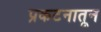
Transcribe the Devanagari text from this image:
प्रकटनातून